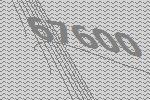
67600